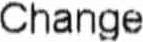
CHANGE